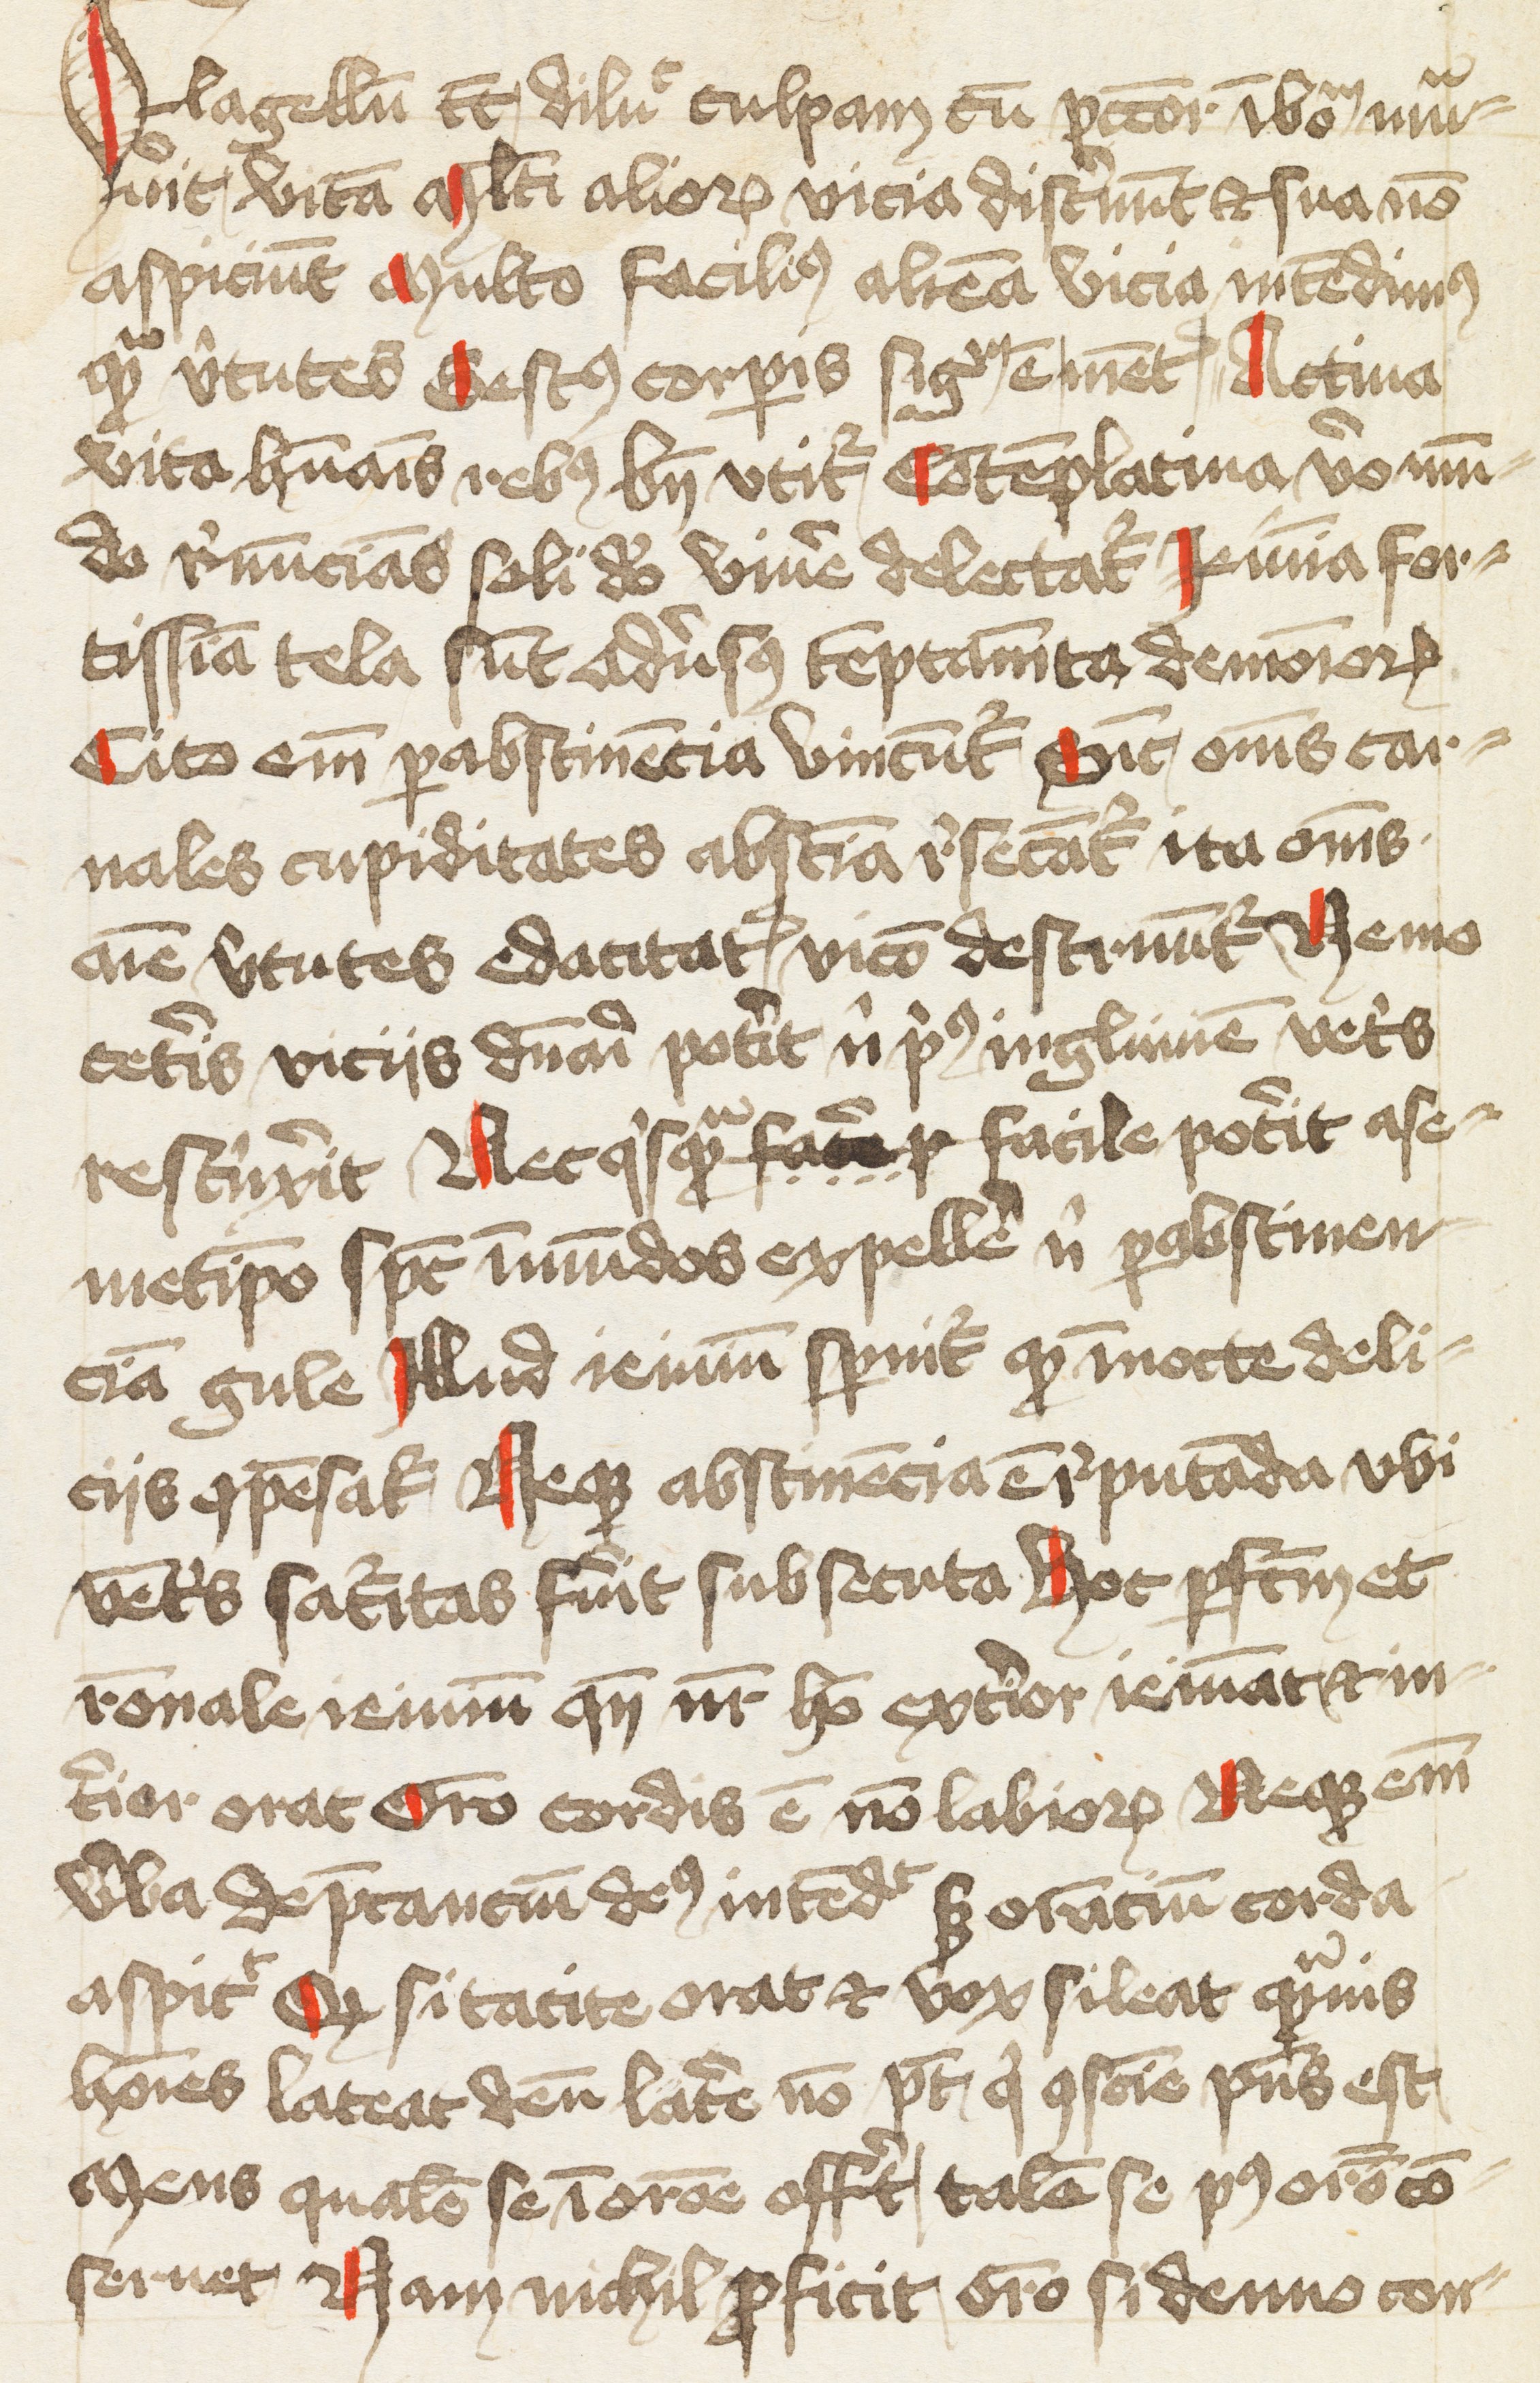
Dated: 1400–1424